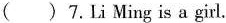
( )7.Li Ming is a girl.